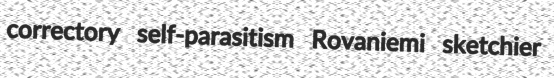
correctory self-parasitism Rovaniemi sketchier